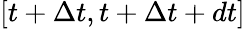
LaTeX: [t+\Delta t,t+\Delta t+dt]